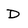
Character: D